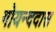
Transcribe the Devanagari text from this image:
गोयन्ददास